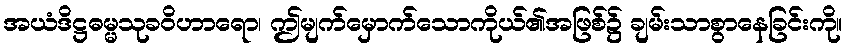
အယံဒိဋ္ဌဓမ္မသုခဝိဟာရော၊ ဤမျက်မှောက်သောကိုယ်၏အဖြစ်၌ ချမ်းသာစွာနေခြင်းကို။